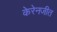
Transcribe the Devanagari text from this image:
केरेनजीत